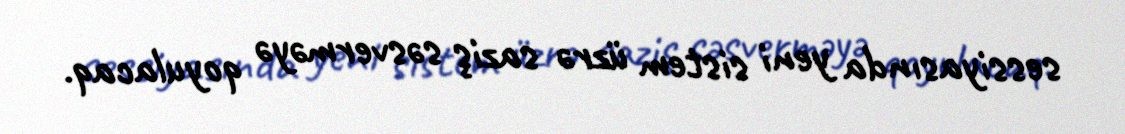
sessiyasında yeni sistem üzrə saziş səsverməyə qoyulacaq.